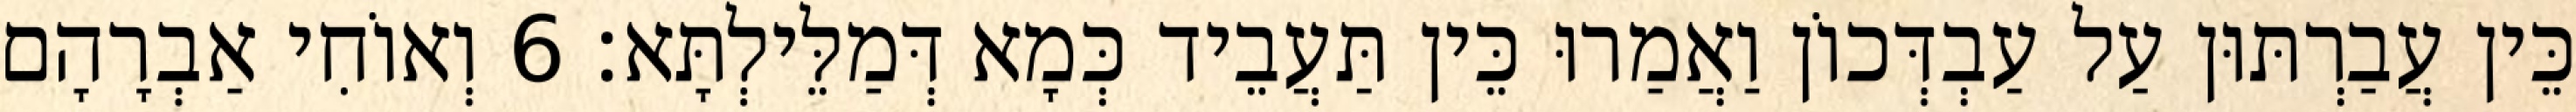
כֵּין עֲבַרְתּוּן עַל עַבְדְּכוֹן וַאֲמַרוּ כֵּין תַּעֲבֵיד כְּמָא דְּמַלֵּילְתָּא׃ 6 וְאוֹחִי אַבְרָהָם